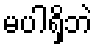
မပါရှိဘဲ